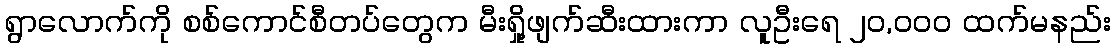
ရွာလောက်ကို စစ်ကောင်စီတပ်တွေက မီးရှို့ဖျက်ဆီးထားကာ လူဦးရေ ၂၀,၀၀၀ ထက်မနည်း